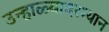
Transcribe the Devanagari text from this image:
उन्हाळ्यादरम्यान